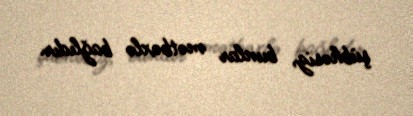
şübhəsiz, bunlar mətbəxlə bağlıdır.